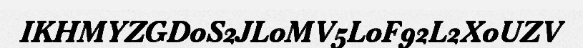
IKHMYZGD0S2JL0MV5L0F92L2X0UZV